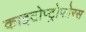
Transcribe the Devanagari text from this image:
काइटोप्ट्रोफोरस